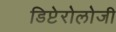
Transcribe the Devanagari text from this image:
डिप्टेरोलोजी